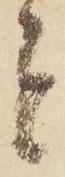
者